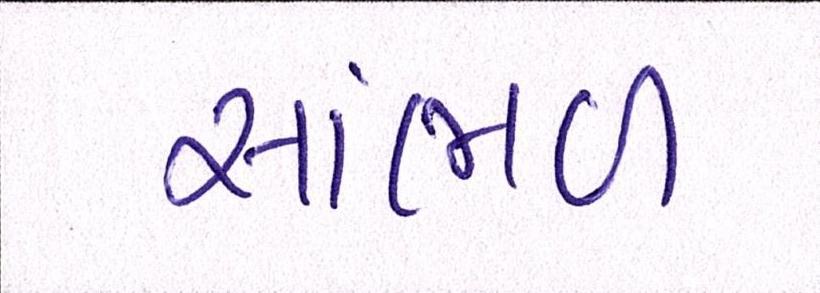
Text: સાંભળ